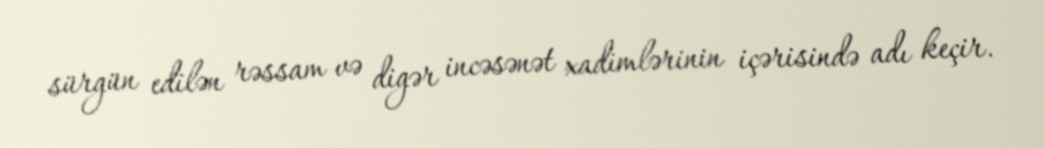
sürgün edilən rəssam və digər incəsənət xadimlərinin içərisində adı keçir.